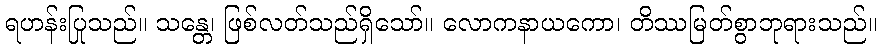
ရဟန်းပြုသည်။ သန္တေ၊ ဖြစ်လတ်သည်ရှိသော်။ လောကနာယကော၊ တိဿမြတ်စွာဘုရားသည်။